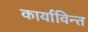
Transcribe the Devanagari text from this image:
कार्याविन्त